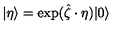
| \eta \rangle = \exp ( \hat { \zeta } \cdot \eta ) | 0 \rangle